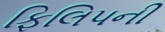
ફિલિપની